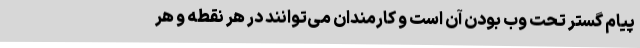
پیام گستر تحت وب بودن آن است و کارمندان می‌توانند در هر نقطه و هر